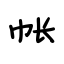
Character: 帐